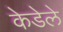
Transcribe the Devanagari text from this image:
केडेले